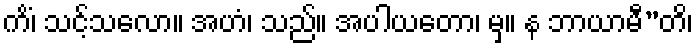
ကိံ၊ သင့်သလော။ အဟံ၊ သည်။ အပါယတော၊ မှ။ န ဘာယာမီ”တိ၊